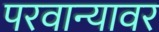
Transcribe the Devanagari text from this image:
परवान्यावर